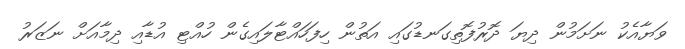
ވަޔާއެކު ނަށަމުން ދިޔަ ދޮރުފޮތިގަނޑުގައި އަތުން ހިފަހައްޓާލައިގެން ހުއްޓި އުޑާއި ދިމާއަށް ނަޒަރު